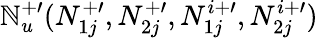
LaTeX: \mathbb{N}_{u}^{+\prime}(N_{1j}^{+\prime},N_{2j}^{+\prime},N_{1j}^{i+\prime},N_{2j}^{i+\prime})